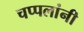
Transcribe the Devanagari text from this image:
चप्पलांनी